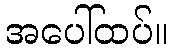
အပေါ်ထပ်။